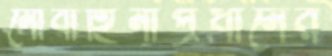
নৌবাহিনীপ্রধানের